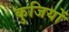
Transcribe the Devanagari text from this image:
कुजियों